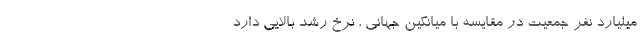
میلیارد نفر جمعیت در مقایسه با میانگین جهانی ، نرخ رشد بالایی دارد